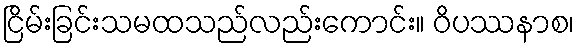
ငြိမ်းခြင်းသမထသည်လည်းကောင်း။ ဝိပဿနာစ၊